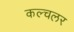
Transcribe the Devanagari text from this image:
कल्चलर